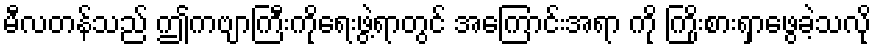
မီလတန်သည် ဤကဗျာကြီးကိုရေးဖွဲ့ရာတွင် အကြောင်းအရာ ကို ကြိုးစားရှာဖွေခဲ့သလို